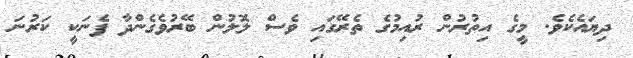
ދިޔައެކެވެ. މީގެ އިތުރުން ރުއިމުގެ ތެރޭގައި ވެސް ލޮލުން ބޭރުވެގެންދާ ފެނަކީ ކަރުނަ